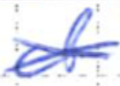
Text: of
Cross-out: cross
Writing tool: ballpoint